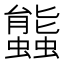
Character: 䘅